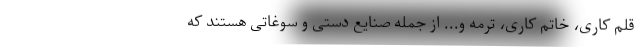
قلم کاری، خاتم کاری، ترمه و... از جمله صنایع دستی و سوغاتی هستند که